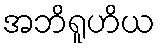
အဘိရူဟိယ